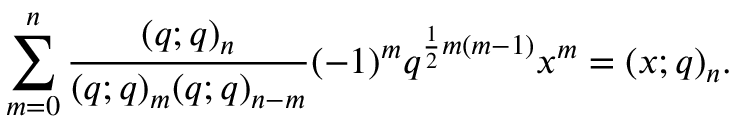
\sum _ { m = 0 } ^ { n } \frac { ( q ; q ) _ { n } } { ( q ; q ) _ { m } ( q ; q ) _ { n - m } } ( - 1 ) ^ { m } q ^ { \frac { 1 } { 2 } m ( m - 1 ) } x ^ { m } = ( x ; q ) _ { n } .